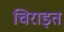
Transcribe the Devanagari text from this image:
चिराइत